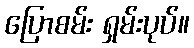
ပြောစမ်း ရှမ်းပုပ်။